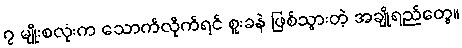
၇ မျိုးစလုံးက သောက်လိုက်ရင် စူးခနဲ ဖြစ်သွားတဲ့ အချိုရည်တွေ။